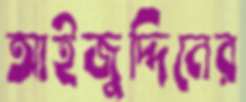
আইজুদ্দিনের